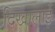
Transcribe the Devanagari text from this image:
दिखालाई